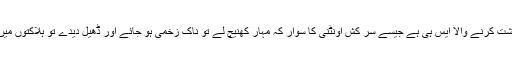
اس کو برداشت کرنے والا ایس ہی ہے جیسے سر کش اونٹنی کا سوار کہ مہار کھنیچ لے تو ناک زخمی ہو جائے اور ڈھیل دیدے تو ہلاکتوں میں کود پڑے۔